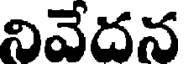
నివేదన